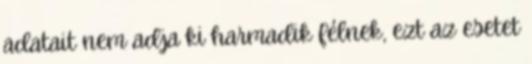
adatait nem adja ki harmadik félnek, ezt az esetet